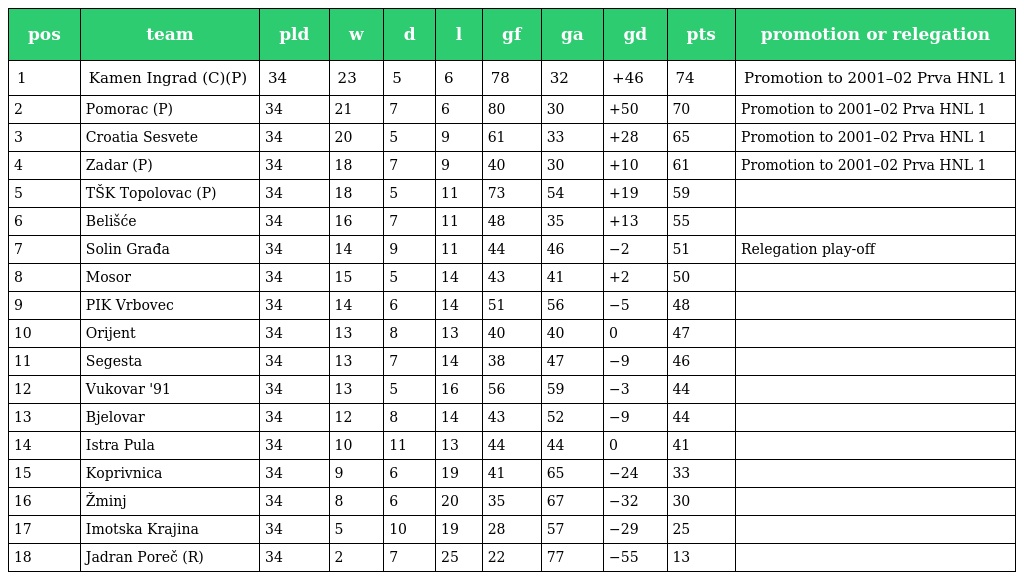
| pos | team | pld | w | d | l | gf | ga | gd | pts | promotion or relegation |
 | --- | --- | --- | --- | --- | --- | --- | --- | --- | --- | --- |
 | 1 | Kamen Ingrad (C)(P) | 34 | 23 | 5 | 6 | 78 | 32 | +46 | 74 | Promotion to 2001–02 Prva HNL 1 |
 | 2 | Pomorac (P) | 34 | 21 | 7 | 6 | 80 | 30 | +50 | 70 | Promotion to 2001–02 Prva HNL 1 |
 | 3 | Croatia Sesvete | 34 | 20 | 5 | 9 | 61 | 33 | +28 | 65 | Promotion to 2001–02 Prva HNL 1 |
 | 4 | Zadar (P) | 34 | 18 | 7 | 9 | 40 | 30 | +10 | 61 | Promotion to 2001–02 Prva HNL 1 |
 | 5 | TŠK Topolovac (P) | 34 | 18 | 5 | 11 | 73 | 54 | +19 | 59 |  |
 | 6 | Belišće | 34 | 16 | 7 | 11 | 48 | 35 | +13 | 55 |  |
 | 7 | Solin Građa | 34 | 14 | 9 | 11 | 44 | 46 | −2 | 51 | Relegation play-off |
 | 8 | Mosor | 34 | 15 | 5 | 14 | 43 | 41 | +2 | 50 |  |
 | 9 | PIK Vrbovec | 34 | 14 | 6 | 14 | 51 | 56 | −5 | 48 |  |
 | 10 | Orijent | 34 | 13 | 8 | 13 | 40 | 40 | 0 | 47 |  |
 | 11 | Segesta | 34 | 13 | 7 | 14 | 38 | 47 | −9 | 46 |  |
 | 12 | Vukovar '91 | 34 | 13 | 5 | 16 | 56 | 59 | −3 | 44 |  |
 | 13 | Bjelovar | 34 | 12 | 8 | 14 | 43 | 52 | −9 | 44 |  |
 | 14 | Istra Pula | 34 | 10 | 11 | 13 | 44 | 44 | 0 | 41 |  |
 | 15 | Koprivnica | 34 | 9 | 6 | 19 | 41 | 65 | −24 | 33 |  |
 | 16 | Žminj | 34 | 8 | 6 | 20 | 35 | 67 | −32 | 30 |  |
 | 17 | Imotska Krajina | 34 | 5 | 10 | 19 | 28 | 57 | −29 | 25 |  |
 | 18 | Jadran Poreč (R) | 34 | 2 | 7 | 25 | 22 | 77 | −55 | 13 |  |